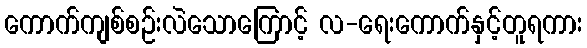
ကောက်ကျစ်စဉ်းလဲသောကြောင့် လ-ရေးကောက်နှင့်တူရကား